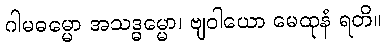
ဂါမဓမ္မော အသဒ္ဓမ္မော၊ ဗျဝါယော မေထုနံ ရတိ။